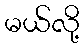
မယ်လို့